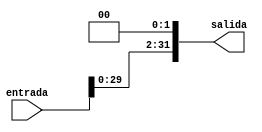
module SHIFTLEFT2(
	input [31:0]entrada,
	output reg [31:0]salida
);

always @*
begin
	salida = entrada << 2;
end

endmodule